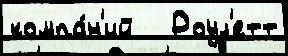
компа́н'ий   Роул'етт